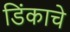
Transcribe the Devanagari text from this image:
डिंकाचे